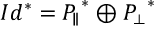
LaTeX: I d ^ { * } = { P _ { \parallel } } ^ { * } \oplus { P _ { \perp } } ^ { * }